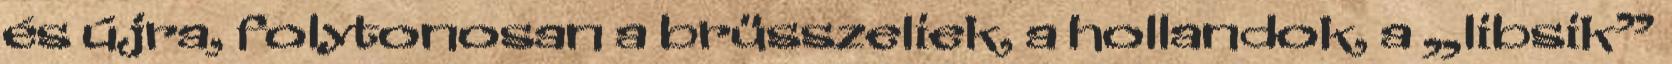
és újra, folytonosan a brüsszeliek, a hollandok, a „libsik”